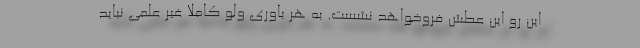
این رو این عطش فروخواهد نشست. به هر باوری ولو کاملا غیر علمی نباید